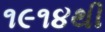
૧૯૧૪થી